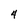
Character: 4